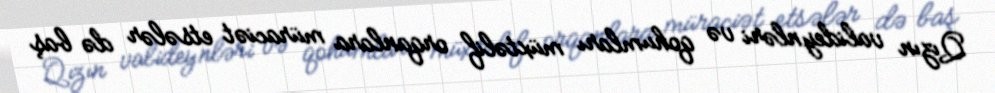
Qızın valideynləri və qohumları müxtəlif orqanlara müraciət etsələr də baş